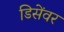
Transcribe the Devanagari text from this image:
डिसेंवर